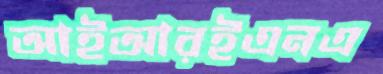
আইআরইএনএ